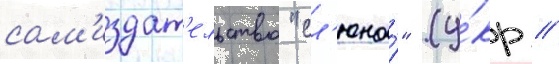
сам'издат'ельство "сл'юна́" (у́кр //